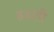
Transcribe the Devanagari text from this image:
४४शी